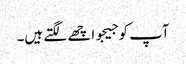
آپ کو جیجو اچھے لگتے ہیں۔